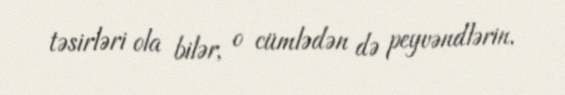
təsirləri ola bilər, o cümlədən də peyvəndlərin.